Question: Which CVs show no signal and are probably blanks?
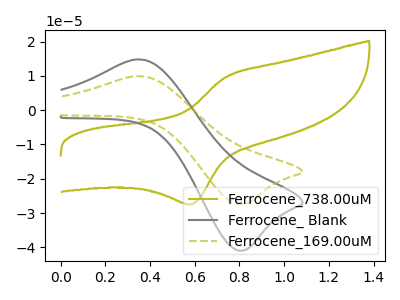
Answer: <think>The olive curve "Ferrocene_738.00uM" has an anodic peak at (0.75V, 9.60uA) and a cathodic peak at (0.60V, -27.40uA). The gray curve "Ferrocene_ Blank" has an anodic peak at (0.35V, 14.75uA) and a cathodic peak at (0.80V, -40.90uA). The olive dashed curve "Ferrocene_169.00uM" has an anodic peak at (0.35V, 9.85uA) and a cathodic peak at (0.80V, -27.40uA).</think>
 <answer>There are not any CV's on this graph that are likely to be blanks.</answer>
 <eval>none</eval>